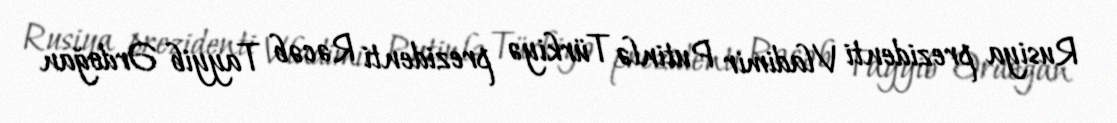
Rusiya prezidenti Vladimir Putinlə Türkiyə prezidenti Rəcəb Tayyib Ərdoğan